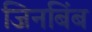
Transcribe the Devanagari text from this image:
जिनबिंब